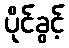
ပိုင်ခွင့်